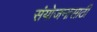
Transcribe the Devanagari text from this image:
संयोजनासाठी